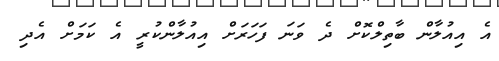
އެ އިއުލާން ބާތިލްކޮށް ދެ ވަނަ ފަހަރަށް އިއުލާންކުރީ އެ ކަމަށް އެދި